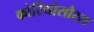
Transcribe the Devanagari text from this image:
कोरिथोसौरस